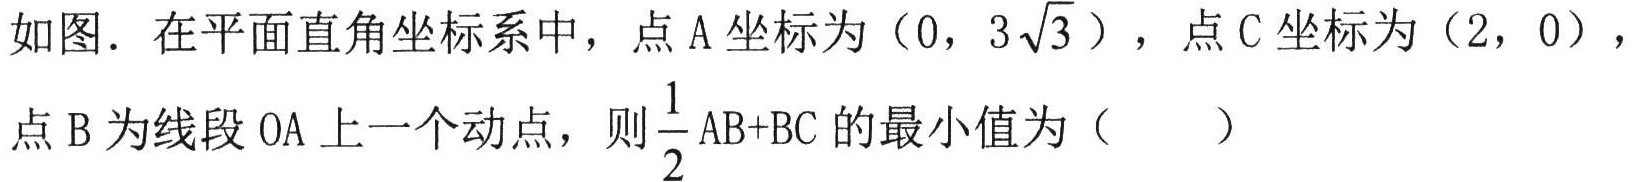
如图. 在平面直角坐标系中，点A坐标为\((0,3\sqrt{3})\)，点C坐标为\((2,0)\)，点B为线段OA上一个动点，则\(\frac{1}{2}AB + BC\)的最小值为（  ）